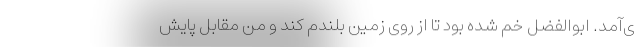
ی‌آمد. ابوالفضل خم شده بود تا از روی زمین بلندم کند و من مقابل پایش